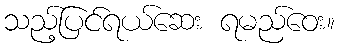
သည့်ပြင်ရယ်ဆေး ရမည်ဝေး။